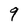
Character: 9